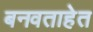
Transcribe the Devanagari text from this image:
बनवताहेत